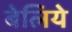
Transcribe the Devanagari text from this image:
बेलिये